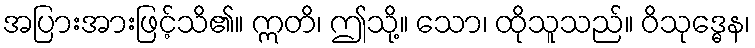
အပြားအားဖြင့်သိ၏။ ဣတိ၊ ဤသို့။ သော၊ ထိုသူသည်။ ဝိသုဒ္ဓေန၊